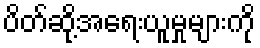
ပိတ်ဆို့အရေးယူမှုများကို